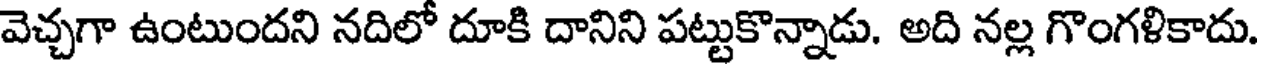
వెచ్చగా ఉంటుందని నదిలో దూకి దానిని పట్టుకొన్నాడు. అది నల్ల గొంగళికాదు.